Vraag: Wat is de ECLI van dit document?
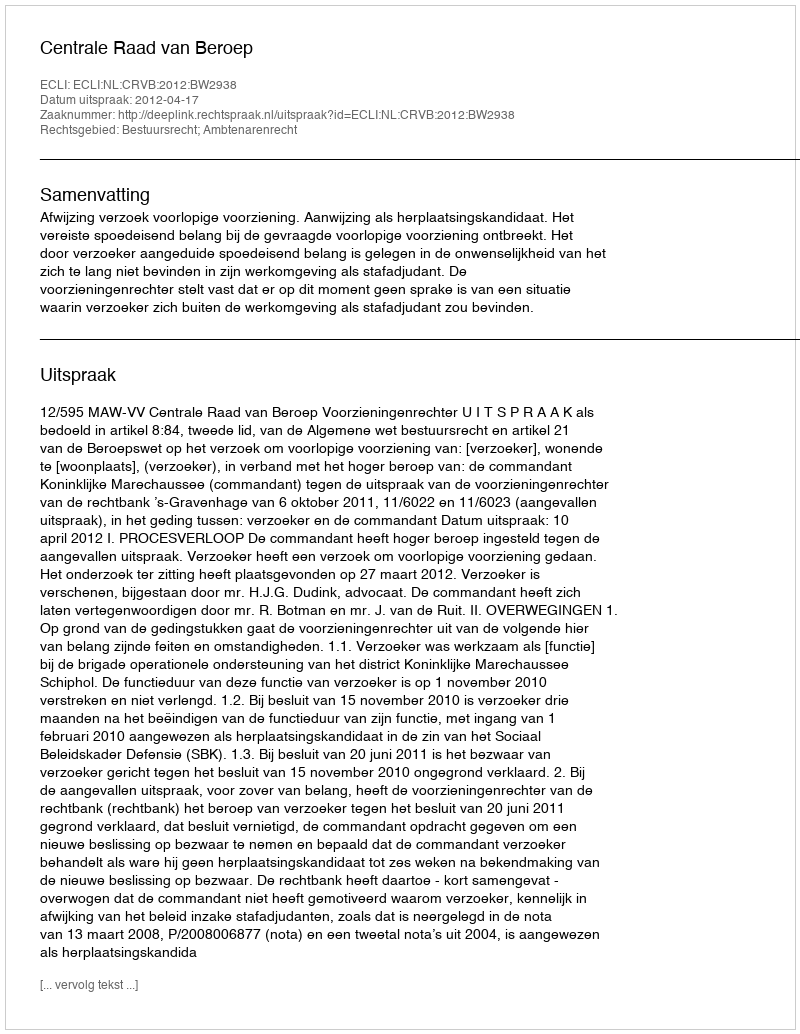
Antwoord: ECLI:NL:CRVB:2012:BW2938